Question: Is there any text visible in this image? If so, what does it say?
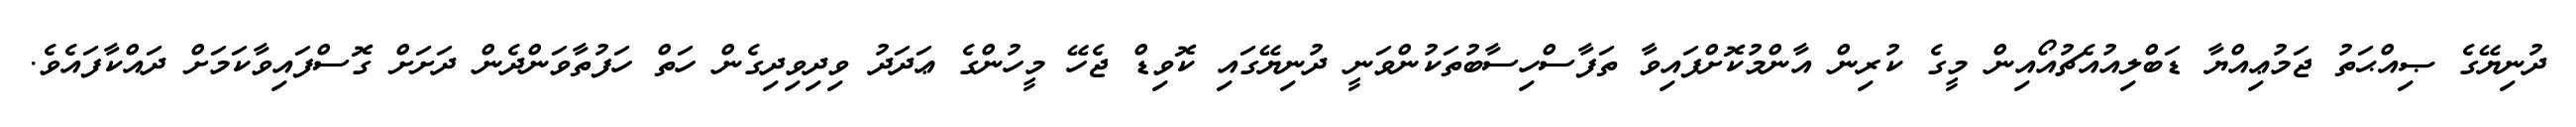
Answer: ދުނިޔޭގެ ޞިއްޙަތު ޖަމުޢިއްޔާ ޑަބްލިއުއެޗުއޯއިން މީގެ ކުރިން އާންމުކޮށްފައިވާ ތަފާސްހިސާބުތަކުންވަނީ ދުނިޔޭގައި ކޮވިޑް ޖެހޭ މީހުންގެ ޢަދަދު ވިދިވިދިގެން ހަތް ހަފުތާވަންދެން ދަށަށް ގޮސްފައިވާކަމަށް ދައްކާފައެވެ.